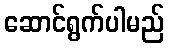
ဆောင်ရွက်ပါမည်